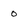
Character: o